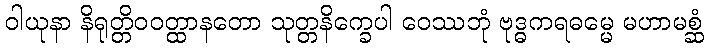
ဝါယုနာ နိရုတ္တိဝဝတ္ထာနတော သုတ္တနိက္ခေပါ ဝေဿဘုံ ဗုဒ္ဓကရဓမ္မေ မဟာမစ္ဆံ